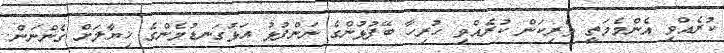
ކުރެއްވި އެންމެމަތީ ވެރިކަން ކުރެއްވި ހުރިހާ ބޭފުޅުންގެ ނަންފުޅު އަޅުގަނޑުމެންގެ ޚިޔާލަށް ގެންނަން.